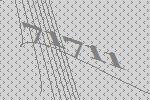
71711